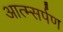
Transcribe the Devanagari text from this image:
आत्म्सर्पण